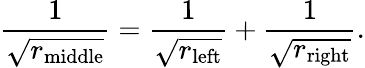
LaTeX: {\frac{1}{\sqrt{r_{\mathrm{middle}}}}}={\frac{1}{\sqrt{r_{\mathrm{left}}}}}+{\frac{1}{\sqrt{r_{\mathrm{right}}}}}.